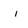
Character: i